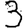
Digit: 3